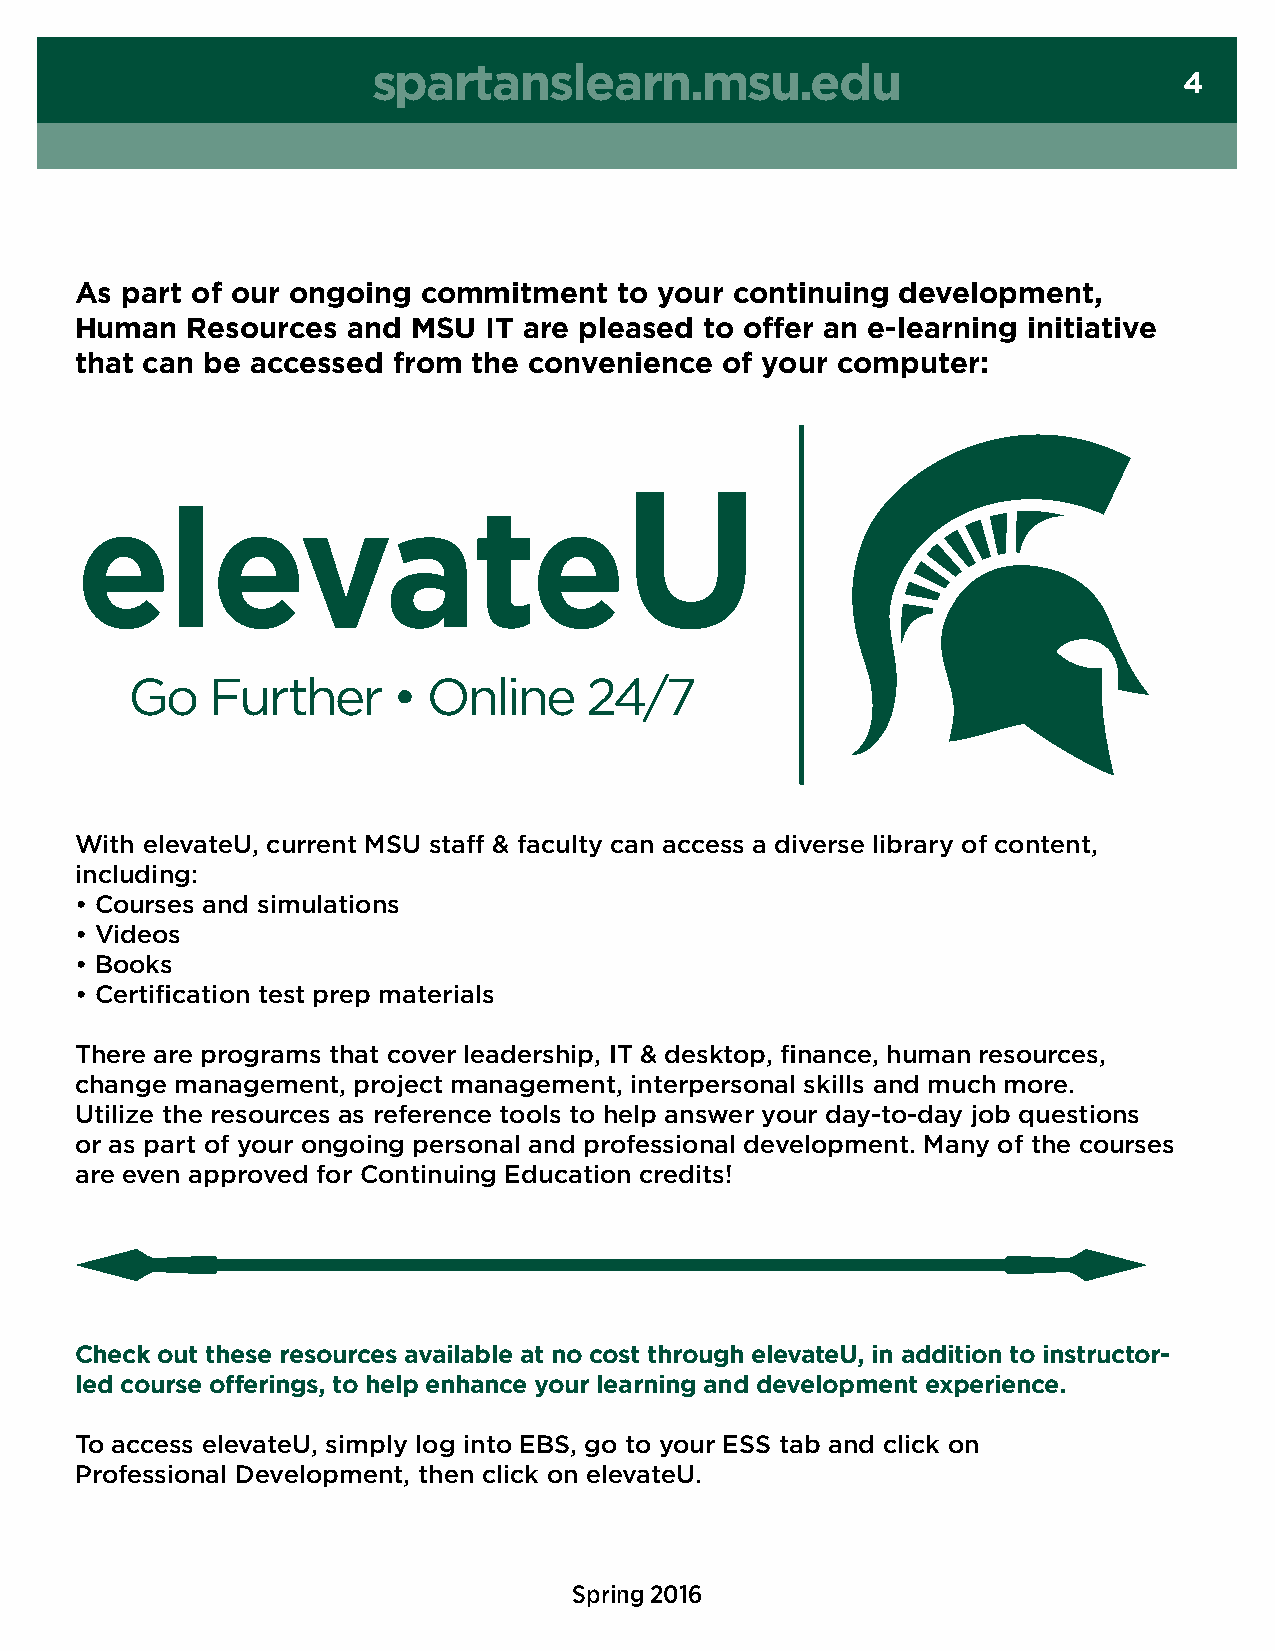
spartanslearn.msu.edu
 4
 As part of our ongoing commitment   to your continuing development,
 Human  Resources  and MSU  IT are pleased to offer an e-learning initiative
 that can be accessed from the convenience  of your computer:
 U
 elevate
 Go    Further     • Online     24/7
 With elevateU, current MSU staff & faculty can access a diverse library of content,
 including:
 • Courses and simulations
 • Videos
 • Books
 • Certification test prep materials
 There are programs that cover leadership, IT & desktop, finance, human resources,
 change management, project management, interpersonal skills and much more.
 Utilize the resources as reference tools to help answer your day-to-day job questions
 or as part of your ongoing personal and professional development. Many of the courses
 are even approved for Continuing Education credits!
 Check out these resources available at no cost through elevateU, in addition to instructor-
 led course offerings, to help enhance your learning and development experience.
 To access elevateU, simply log into EBS, go to your ESS tab and click on
 Professional Development, then click on elevateU.
 Spring 2016